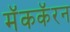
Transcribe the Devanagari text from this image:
मॅककॅरन